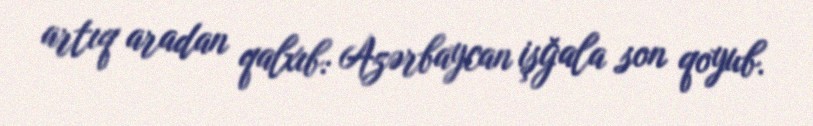
artıq aradan qalxıb: Azərbaycan işğala son qoyub.